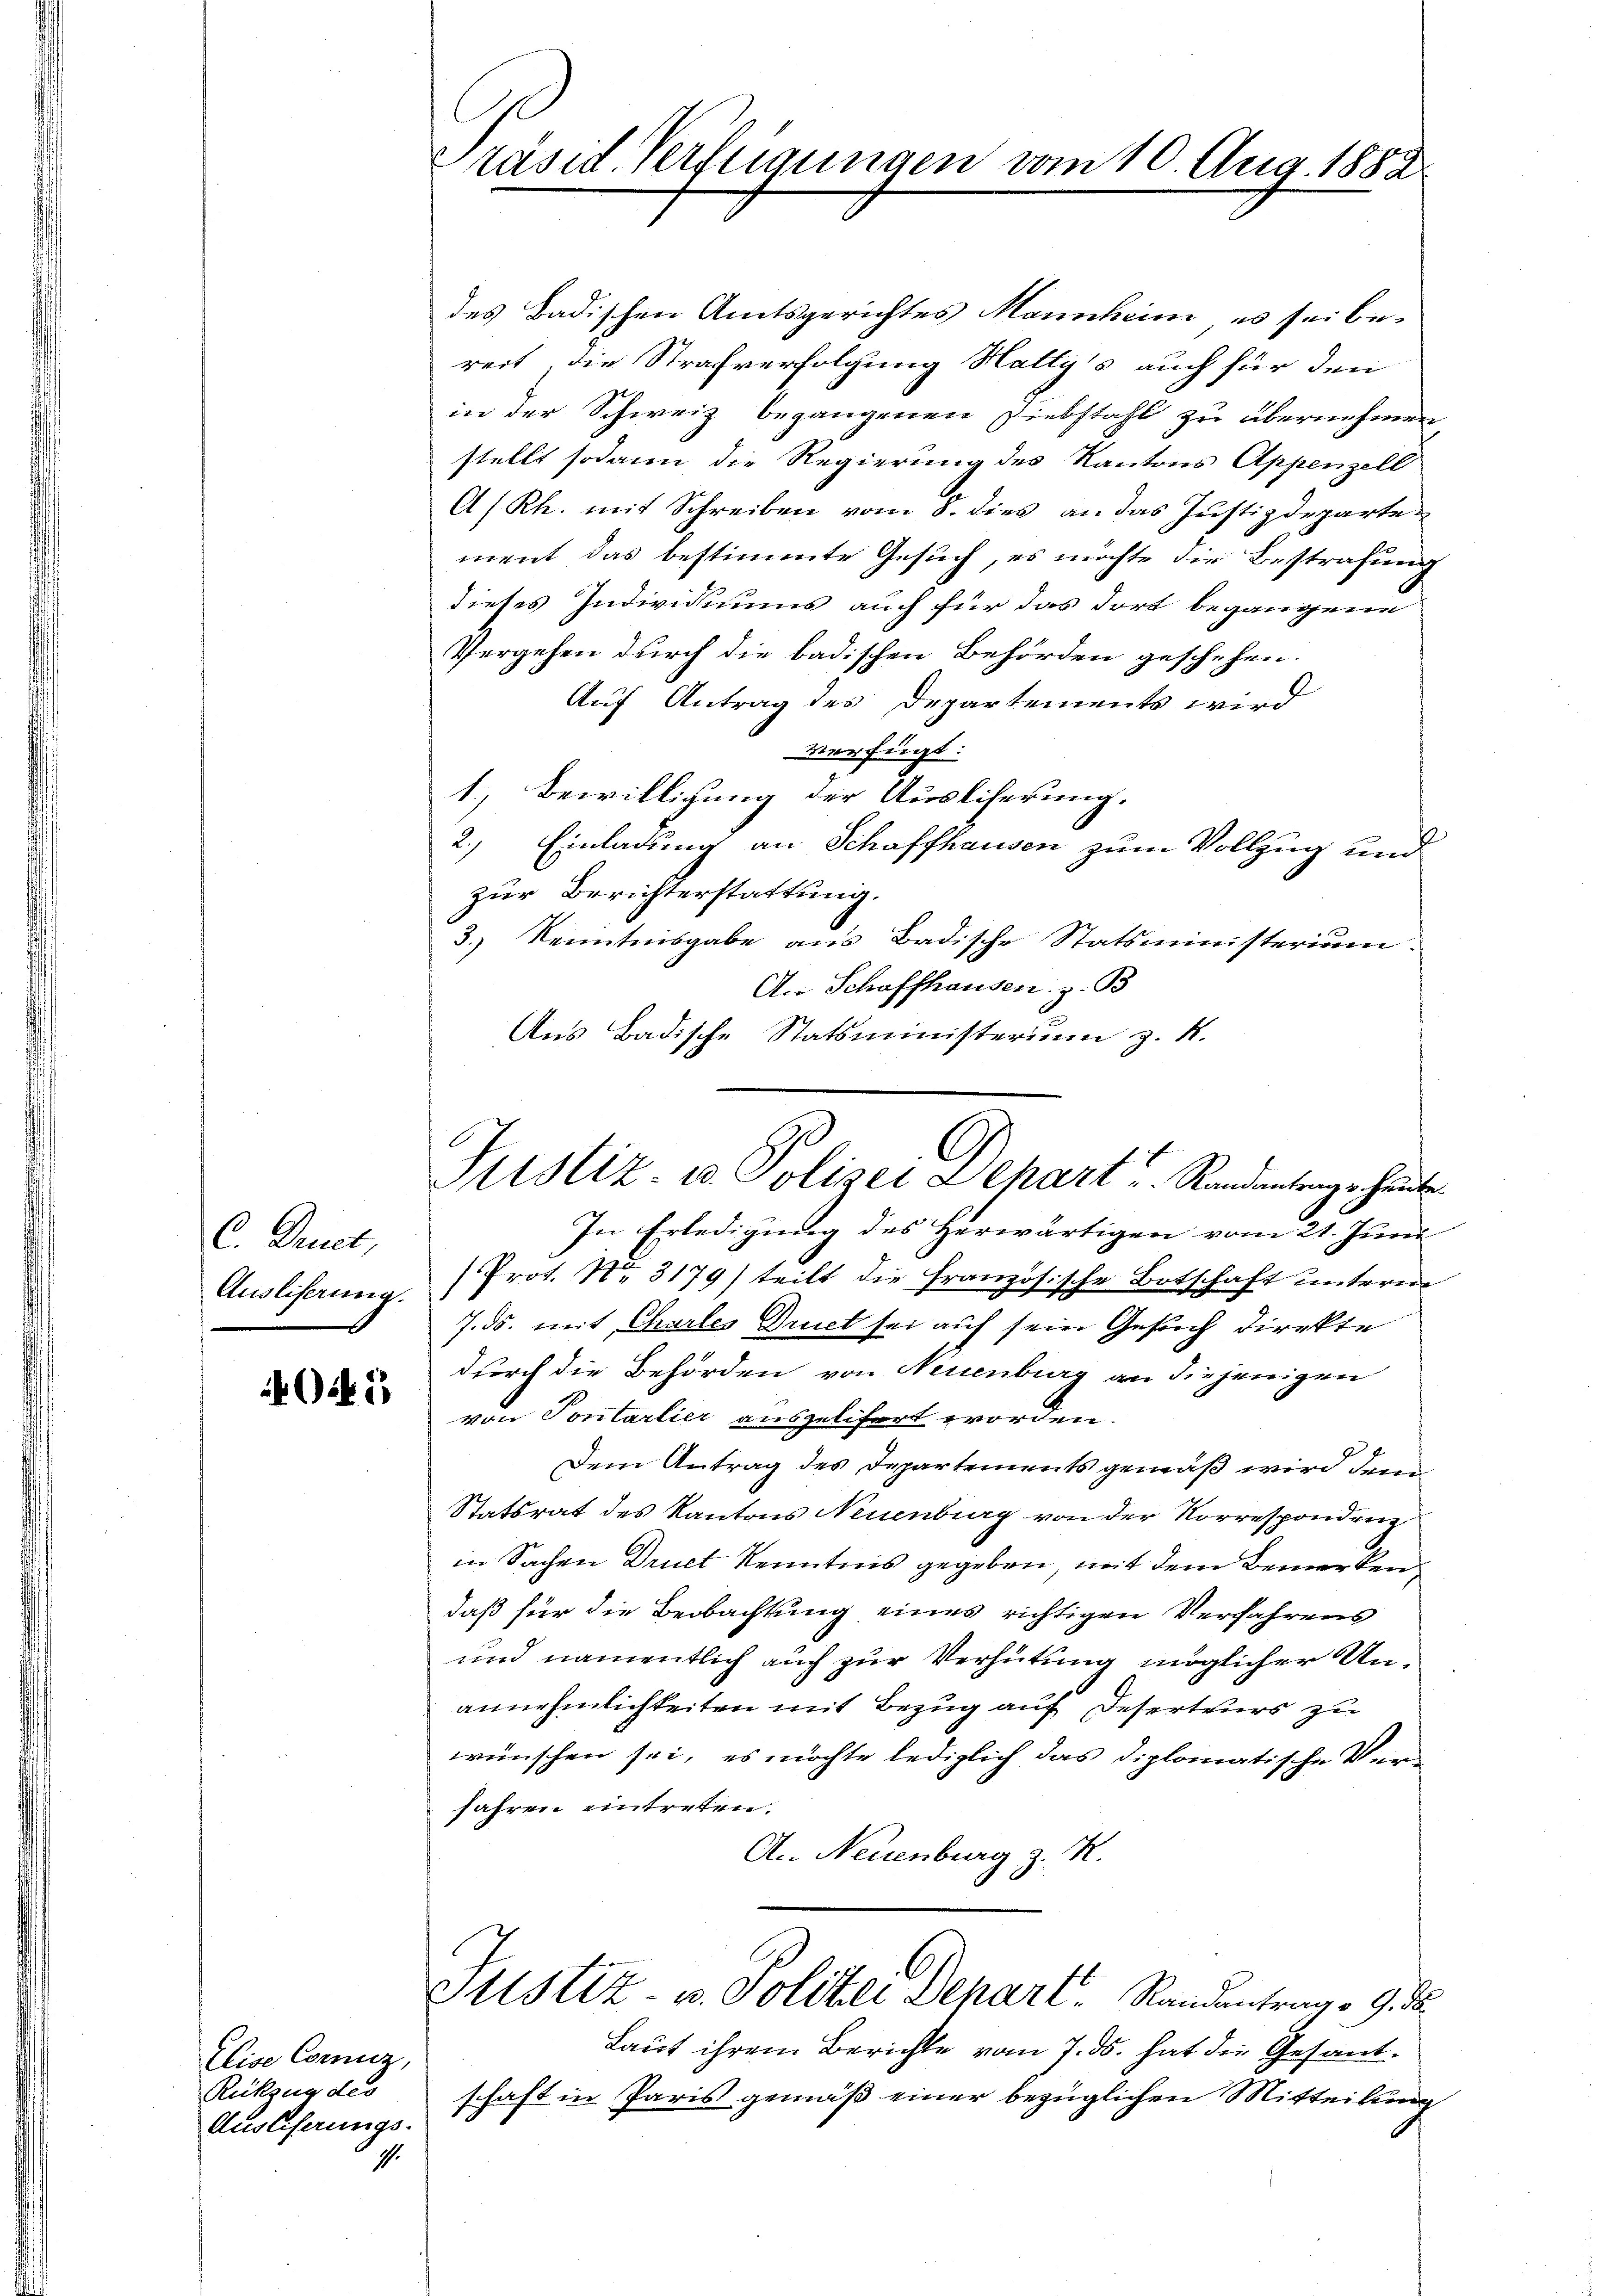
C. Art.
Ausliserung.

045

Eeise Corniz,
Rückzug des
Ausliserungs-
4

räsid. Verfügungen vom 10. Aug. 1882

des Badischen Amtsgerichtes Mannheim, es sei bereit, die Strafverfolgung Hatty's auch für den
in der Schweiz begangenen Diebstahl zu übernehmen
stellt sodann die Regierung des Kantons Appenzell
A/Rh. mit Schreiben vom 8. dies an das Justizdeparten
ment das bestimmte Gesuch, es möchte die Bestrafung
dieses Individuums auch für das dort begangene
Vergehen durch die badischen Behörden geschehen.
Auf Antrag des Departements wird
verfügt:
1.) Bewilligung der Auslieferung.
2.) Einladung an Schaffhausen zum Vollzug und
zur Berichterstattung.
3.) Kenntnisgabe aus Badische Statsministerium
A. Schaffhausen, z. B.
Aus Badische Statsministerium z. K.
In Erledigung des Herwärtigen vom 21. Juni
(Prot. No. 3179) teilt die Französische Botschaft untern
7. ds. mit Charles Druet sei auf sein Gesuch direkte
durch die Behörden von Neuenburg an diejenigen
von Sontarlier ausgelifert worden.
Dem Antrag des Departements gemäß wird dem
Statsrat des Kantons Neuenburg von der Korrespondreiz
in Sachen Druet Kenntnis gegeben, mit dem Bemerken
daß für die Beobachtung eines richtigen Verfahrens
und namentlich auch zur Verhütung möglicher Unannehmlichkeiten mit Bezug auf Deserteurs zu
wünschen sei, es möchte lediglich das diplomatische Ver¬
Jahren eintreten.
Ac. Neuenburg z. K.
Stistiz- u. Politier Depart. Randantrag v. 9. d.
Laut ihrem Berichte vom 7. ds. hat die Gesandschaft in Paris gemäß einer bezüglichen Mitteilung

C
Justiz- u. Polizei Schart Randantrags heute